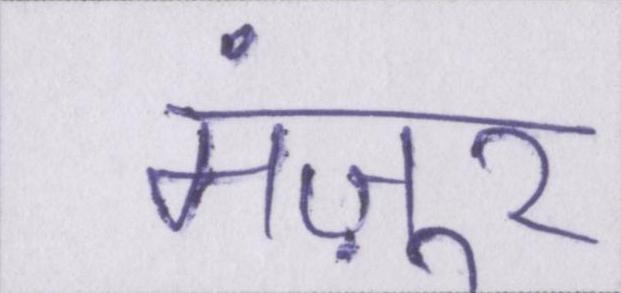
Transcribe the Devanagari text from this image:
मंज़ूर